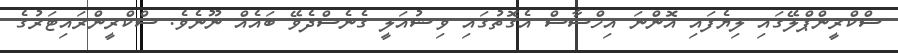
ސްކްރީންޕްލޭގައި ލިޔެފައި އޮންނަ އިހްސާސް އެގޮތުގައި ވިޝުއަލީ ގެނެސްދެވޭ ބައެއް ނޫނެވެ. ސްކްރީންރައިޓަރުގެ